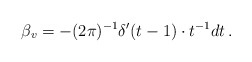
\begin{align*} \beta_v=-(2\pi )^{-1}\delta'(t-1)\cdot t^{-1}dt\, .\end{align*}